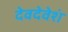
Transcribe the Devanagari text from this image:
देवदेवेशं